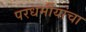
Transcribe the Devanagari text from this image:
परधर्मीयांचा